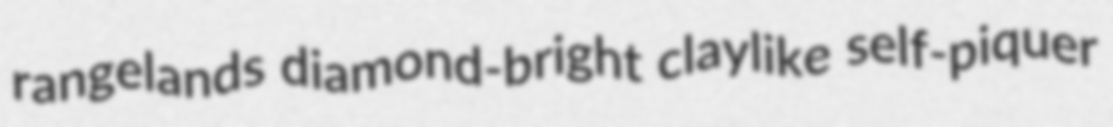
rangelands diamond-bright claylike self-piquer